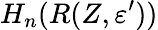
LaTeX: H_{n}(R(Z,\varepsilon^{\prime}))